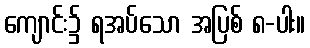
ကျောင်း၌ ရအပ်သော အပြစ် ၈-ပါး။